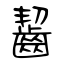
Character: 齧